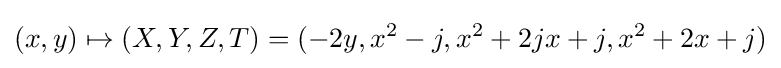
(x,y)\mapsto (X,Y,Z,T)=(-2y,x^{2}-j,x^{2}+2jx+j,x^{2}+2x+j)